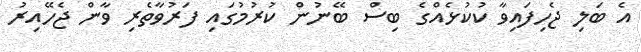
އެ ބަލި ޖެހިފައިވާ ކުކުޅެއްގެ ބިސް ބޭނުން ކުރުމުގައި ފަރުވާތެރި ވާން ޖެހޭއިރު